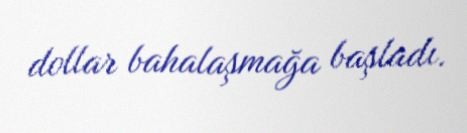
dollar bahalaşmağa başladı.